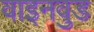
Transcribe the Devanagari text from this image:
वाइनवुड